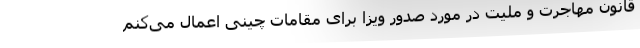
قانون مهاجرت و ملیت در مورد صدور ویزا برای مقامات چینی اعمال می‌کنم